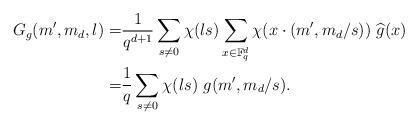
LaTeX: \begin{align*}G_g(m^\prime, m_d, l)=&\frac{1}{q^{d+1}} \sum_{s\ne 0} \chi(ls) \sum_{x\in \mathbb F_q^d} \chi(x\cdot (m^\prime, m_d/s))~ \widehat{g}(x)\\=&\frac{1}{q} \sum_{s\ne 0} \chi(ls)~ g(m^\prime, m_d/s).\end{align*}